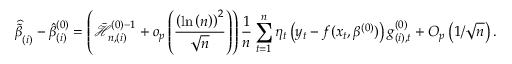
\widehat { \tilde { \beta } } _ { ( i ) } - \hat { \beta } _ { ( i ) } ^ { ( 0 ) } = \left( \mathcal { \bar { H } } _ { n , ( i ) } ^ { ( 0 ) - 1 } + o _ { p } \left( \frac { \left( \ln \left( n \right) \right) ^ { 2 } } { \sqrt { n } } \right) \right) \frac { 1 } { n } \sum _ { t = 1 } ^ { n } \eta _ { t } \left( y _ { t } - f ( x _ { t } , \beta ^ { ( 0 ) } ) \right) g _ { ( i ) , t } ^ { ( 0 ) } + O _ { p } \left( 1 / \sqrt { n } \right) .